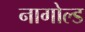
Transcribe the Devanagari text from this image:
नागोल्ड